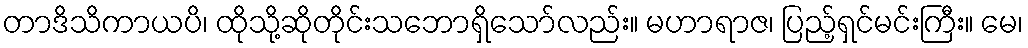
တာဒိသိကာယပိ၊ ထိုသို့ဆိုတိုင်းသဘောရှိသော်လည်း။ မဟာရာဇ၊ ပြည့်ရှင်မင်းကြီး။ မေ၊